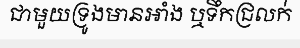
ជាមួយទ្រូងមានអាំង ឬទឹកជ្រលក់